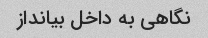
نگاهی به داخل بیانداز